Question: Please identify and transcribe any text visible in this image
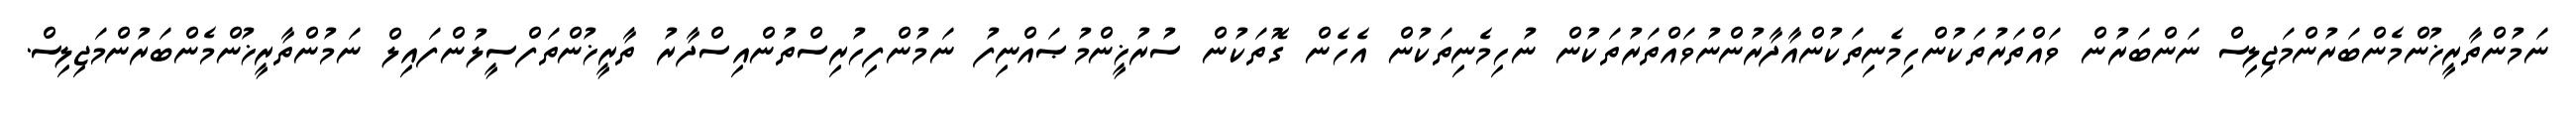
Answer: ނަމުންތާރީޚުންމެންބަރުންމަޖިލިސް ނަންބަރުން ވައްތަރުތަކުންހިމެނިތަކުންއާދާރުންނުވައްތަރުތަކުން ނުހިމެނިތަކުން އެހެން ގޮތަކުން ސުރުޚީންމުޞައްނިފު ނަމުންފިހުރިސްތުންއިސްދާރު ތާރީޚުންތަފްސީލުންފައިލް ނަމުންތާރީޚުންމެންބަރުންމަޖިލިސް.